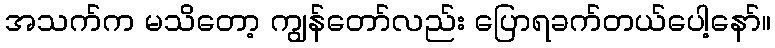
အသက်က မသိတော့ ကျွန်တော်လည်း ပြောရခက်တယ်ပေါ့နော်။